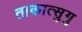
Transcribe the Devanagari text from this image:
ताकात्सुगु